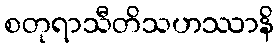
စတုရာသီတိသဟဿာနိ